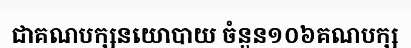
ជាគណបក្សនយោបាយ ចំនួន១០៦គណបក្ស